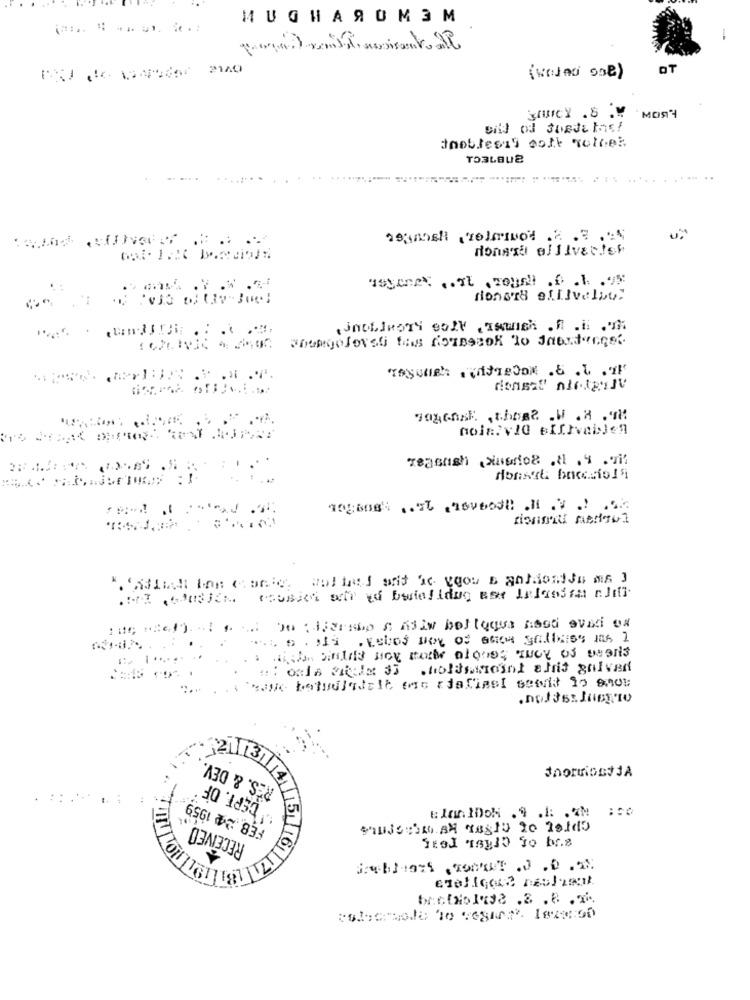
МUGНАЯ ОМЭМ
-
OT
MOS 4
Jnoblesas cott golpe:
MonATE OfliverTER
CTA.
....
:: oria cicla 3) .holismoint afait galved
Have betudiadalt, mas adafinal sendit to and
20113
RES. & DEV
DEPT. OF
FEB .24 1959
BILIDILNON
RECEIVED
Elan IDON . 9 .1: . M
ameliGett restant